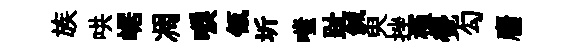
族哄崌凋唳瓴圻嗤趾鍼臾挫槿覺勾麕